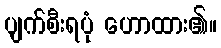
ပျက်စီးရပုံ ဟောထား၏။